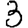
Digit: 3